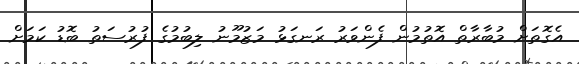
އެގޮތަށް މުބާރާތް އޮތުމުން ފެންވަރު ރަނގަޅު މަޒުމޫނު ލިބުމުގެ ފުރުސަތު ބޮޑު ކަމަށް